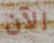
الآن